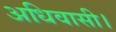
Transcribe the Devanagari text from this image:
अधिवासी।